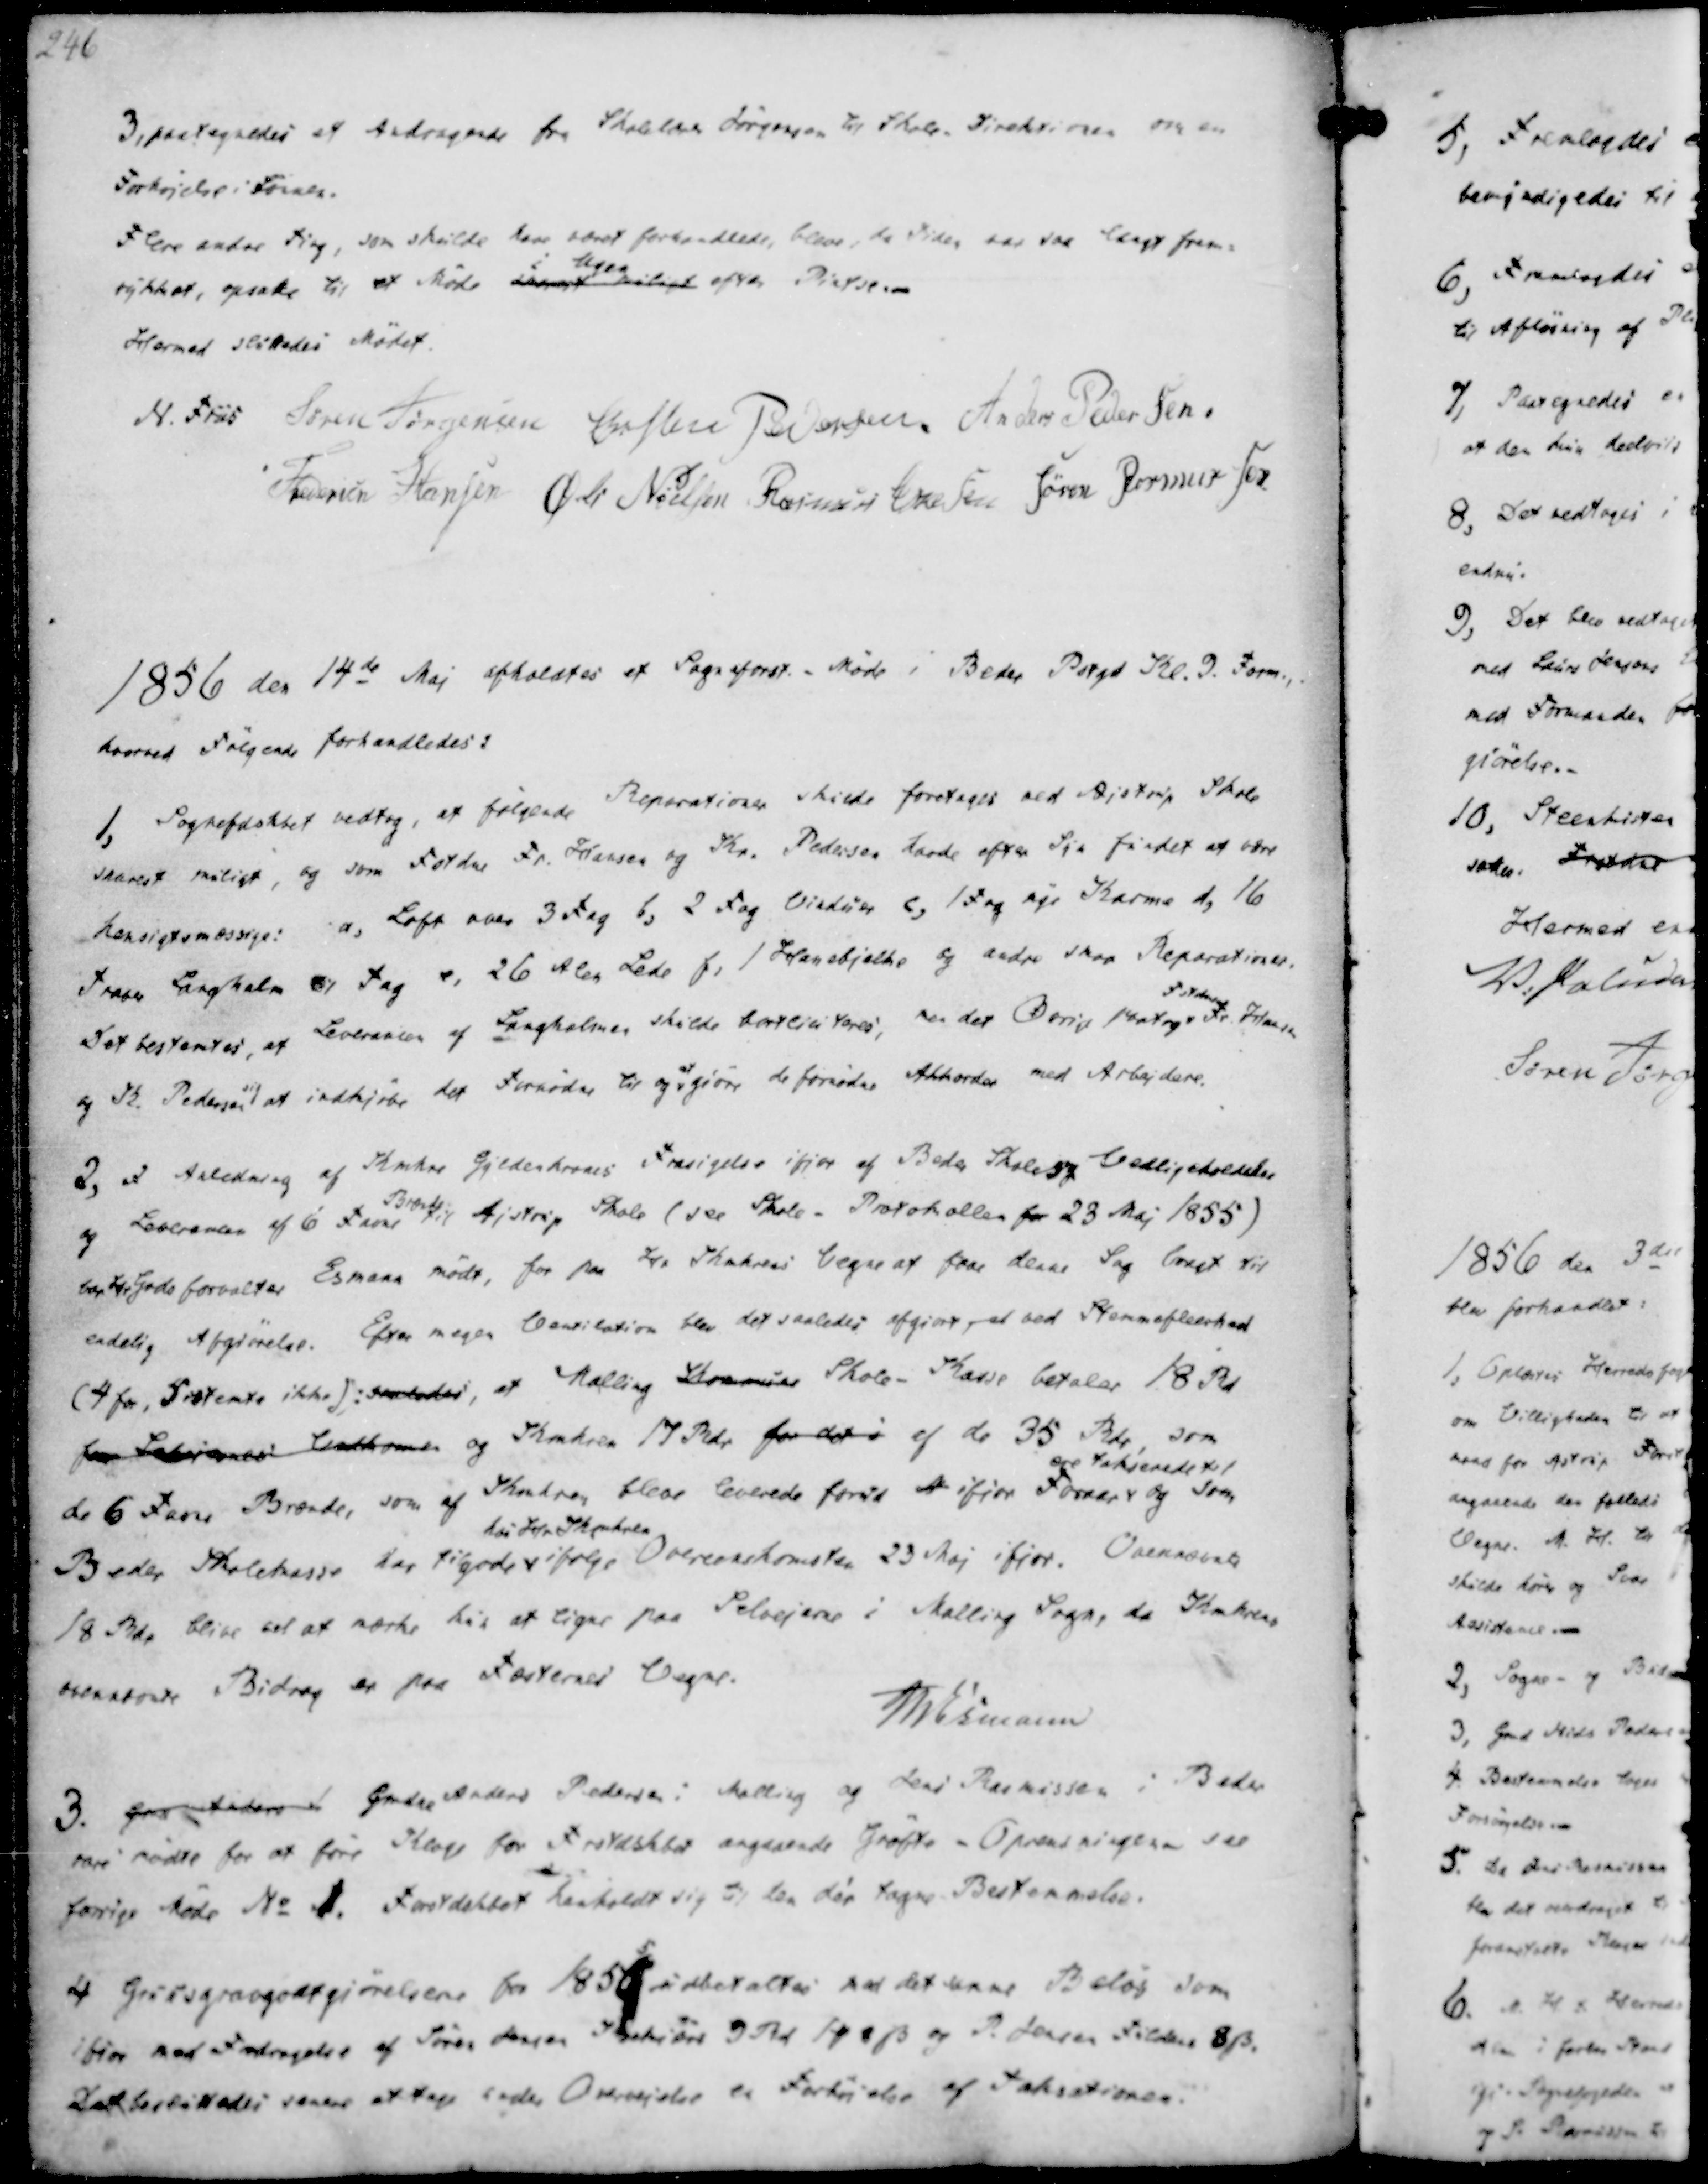
Transskription:
3, paategnedes et Andragende fra Skolelærer Jørgensen til Skole- Direktionen om en
Forhøjelse i Lønnen.
Flere andre Ting, som skulde have været forhandlede, bleve, da Tiden var saa langt frem-
rykket, opsatte til et Møde snarest muligt
i Ugen
efter Pintse.
Hermed sluttedes Mødet.

N. Friis
Søren Jørgensen
Christen Pedersen
Anders Pedersen
Frederik Hansen
Øvle Nielsen
Rasmus Eskesen
Søren Rasmussen

1856 den 14de Maj afholdtes et Sogneforst. - Møde i Beder Pstgd Kl. 9. Form.,
hvorved Følgende forhandledes:

1, Sognefdskbet vedtog, at følgende Reparationer skulde foretages ved Aistrup Skole
snarest muligt, og som Fstne Fr. Hansen og Kr. Pedersen havde efter Syn fundet at være
hensigtsmæssige: a, Loft over 3 Fag b, 2 Fag Vinduer c, 1 Fag nye Karme d, 16
Traber Langhalm til Tag e, 26 Alen Lede f, 1 Hanebjælke og andre smaa Reparationer.
Det bestemtes, at Leverancen af Langhalmen skulde bortliciteres, men det Øvrige paatog
Fstdaner
Fr. Hansen
og K. Pedersen sig at indkjøbe det Fornødne til og at giøre de fornødne Akkorder med Arbejdere.

2, I Anledning af Kmhre Gyldenkrones Frasigelse ifjor af Beder Skolesg og Vedligeholdelse
og Leverancen af 6 Favne
Brænde
til Ajstrup Skole (see Skole - Protokollen for 23 Maj 1855)
var Hr Gods Forvalter Esmann mødt, for paa Hr Shakrens Vegne at faae denne Sag bragt til
endelig Afgjørelse. Efter megen Ventilation blev det saaledes afgiort, at ved Stemmeflerhed
(4 for, 5 stemte ikke): saaledes, at Malling Kommune Skole- Kasse betaler 18 Rd
for Lebjærnes Vedkome og Shakien 17 Rdr for det i af de 35 Rdr, som
de 6 Favne Brænde, som af Shakren bleve leverede forud ifjor Foraar
ere Takserede til
og som
Beder Skolekasse har tilgode
hos Hr Skynkren
ifølge Overeenskomsten 23 Maj ifjor. Ovennævnte
18 Rdr blive vel at mærke kun at ligne paa Selvejerne i Malling Sogn, da Krakrens
ovennævnte Bidrag er paa Fæsternes Vegne.
M. Esmann

3. Gmd Anders Gmdei Anders Pedersen i Malling og Jens Rasmussen i Beder
være mødte for at føre Klage for Frstdskbet angaaende Grøfte - Oprensningen- see
forrige Møde No 1. Forstdskbet henholdt sig til den dèr tagne Bestemmelse.
4 Gruusgravgodtgiørelsen for 1855 indbetaltes med det samme Beløb som
ifjor mod Fradragelse af Søren Jensen Ikekiøre 9 Rd 1 ₻ 8 ẞ og P. Jensen Fulden 8 ẞ.
Det besluttedes senere at tage under Overvejelse en Forhøjelse af Taksationen.